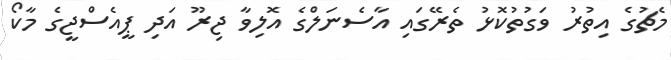
މެޗުގެ އިތުރު ވަގުތުކޮޅު ތެރޭގައި އާސެނަލްގެ އޮލިވާ ޖިރޫ އަދި ޕީއެސްޖީގެ މާކޯ